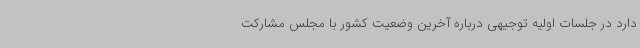
دارد در جلسات اولیه توجیهی درباره آخرین وضعیت کشور با مجلس مشارکت